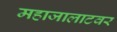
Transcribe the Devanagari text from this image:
महाजालाटवर